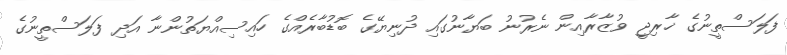
ފަލަސްތީނުގެ ޚާރިޖީ ވުޒާރާއިން ނެރުނު ބަޔާނުގައި ދުނިޔޭގެ ބޮޑުބާރެއްގެ ހައިސިއްޔަތުންނާ އަދި ފަލަސްތީނުގެ